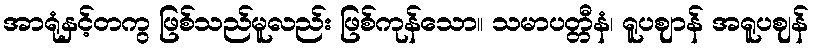
အာရုံနှင့်တကွ ဖြစ်သည်မူလည်း ဖြစ်ကုန်သော။ သမာပတ္တီနံ၊ ရူပဈာန် အရူပဈန်